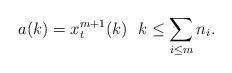
LaTeX: \begin{align*}a(k)=x_t^{m+1}(k) \ \ k\le \sum\limits_{i\le m} n_i.\end{align*}